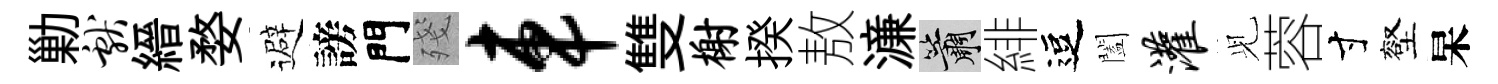
勦献縉婺避謗門殘车雙榭揆敖濓簫緋逗闔灌𫤗蓉寸壑杲